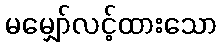
မမျှော်လင့်ထားသော